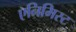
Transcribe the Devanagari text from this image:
एनिमिस्ट